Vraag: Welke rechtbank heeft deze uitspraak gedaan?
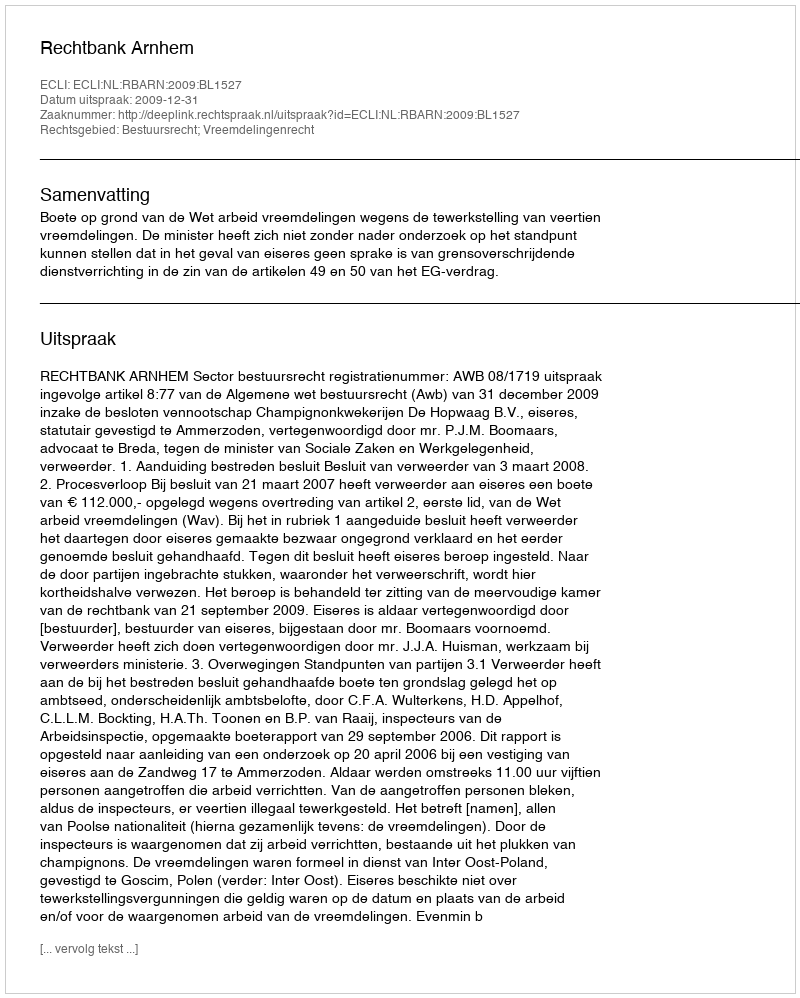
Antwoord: Rechtbank Arnhem